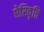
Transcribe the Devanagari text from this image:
ऐरिवृत्ति